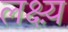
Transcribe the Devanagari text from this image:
लक्ष्य़